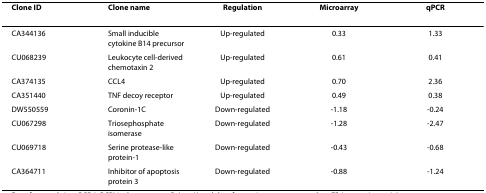
<table><thead><tr><td><b>Clone ID</b></td><td><b>Clone name</b></td><td><b>Regulation</b></td><td><b>Microarray</b></td><td><b>qPCR</b></td></tr></thead><tbody><tr><td>CA344136</td><td>Small inducible cytokine B14 precursor</td><td>Up-regulated</td><td>0.33</td><td>1.33</td></tr><tr><td>CU068239</td><td>Leukocyte cell-derived chemotaxin 2</td><td>Up-regulated</td><td>0.61</td><td>0.41</td></tr><tr><td>CA374135</td><td>CCL4</td><td>Up-regulated</td><td>0.70</td><td>2.36</td></tr><tr><td>CA351440</td><td>TNF decoy receptor</td><td>Up-regulated</td><td>0.49</td><td>0.38</td></tr><tr><td>DW550559</td><td>Coronin-1C</td><td>Down-regulated</td><td>-1.18</td><td>-0.24</td></tr><tr><td>CU067298</td><td>Triosephosphate isomerase</td><td>Down-regulated</td><td>-1.28</td><td>-2.47</td></tr><tr><td>CU069718</td><td>Serine protease-like protein-1</td><td>Down-regulated</td><td>-0.43</td><td>-0.68</td></tr><tr><td>CA364711</td><td>Inhibitor of apoptosis protein 3</td><td>Down-regulated</td><td>-0.88</td><td>-1.24</td></tr></tbody></table>